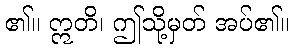
၏။ ဣတိ၊ ဤသို့မှတ် အပ်၏။